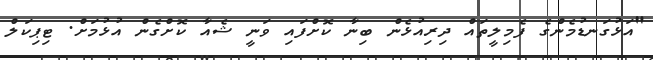
"އަޅުގަނޑުމެންގެ ފެމިލީތައް ދިރިއުޅެން ބިނާ ކޮށްފައި ވަނީ ޝެއާ ކޮށްގެން އުޅުމަށް. ޓިޕިކަލް